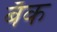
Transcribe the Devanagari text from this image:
बॅँक